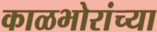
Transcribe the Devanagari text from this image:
काळभोरांच्या